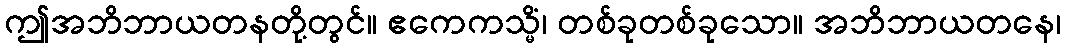
ဤအဘိဘာယတနတို့တွင်။ ဧကေကသ္မိံ၊ တစ်ခုတစ်ခုသော။ အဘိဘာယတနေ၊